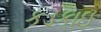
કડકાઇ